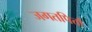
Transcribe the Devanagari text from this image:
जगतपिर्त्ता